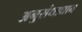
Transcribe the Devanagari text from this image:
अनुसंधाधान